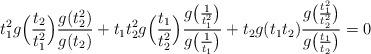
LaTeX: \begin{align*}t_1^2g\Big(\frac{t_2}{t_1^2}\Big)\frac{g(t_2^2)}{g(t_2)}+t_1t_2^2g\Big(\frac{t_1}{t_2^2}\Big)\frac{g\big(\frac{1}{t_1^2}\big)}{g\big(\frac{1}{t_1}\big)}+t_2g(t_1t_2)\frac{g\big(\frac{t_1^2}{t_2^2}\big)}{g\big(\frac{t_1}{t_2}\big)}=0\end{align*}